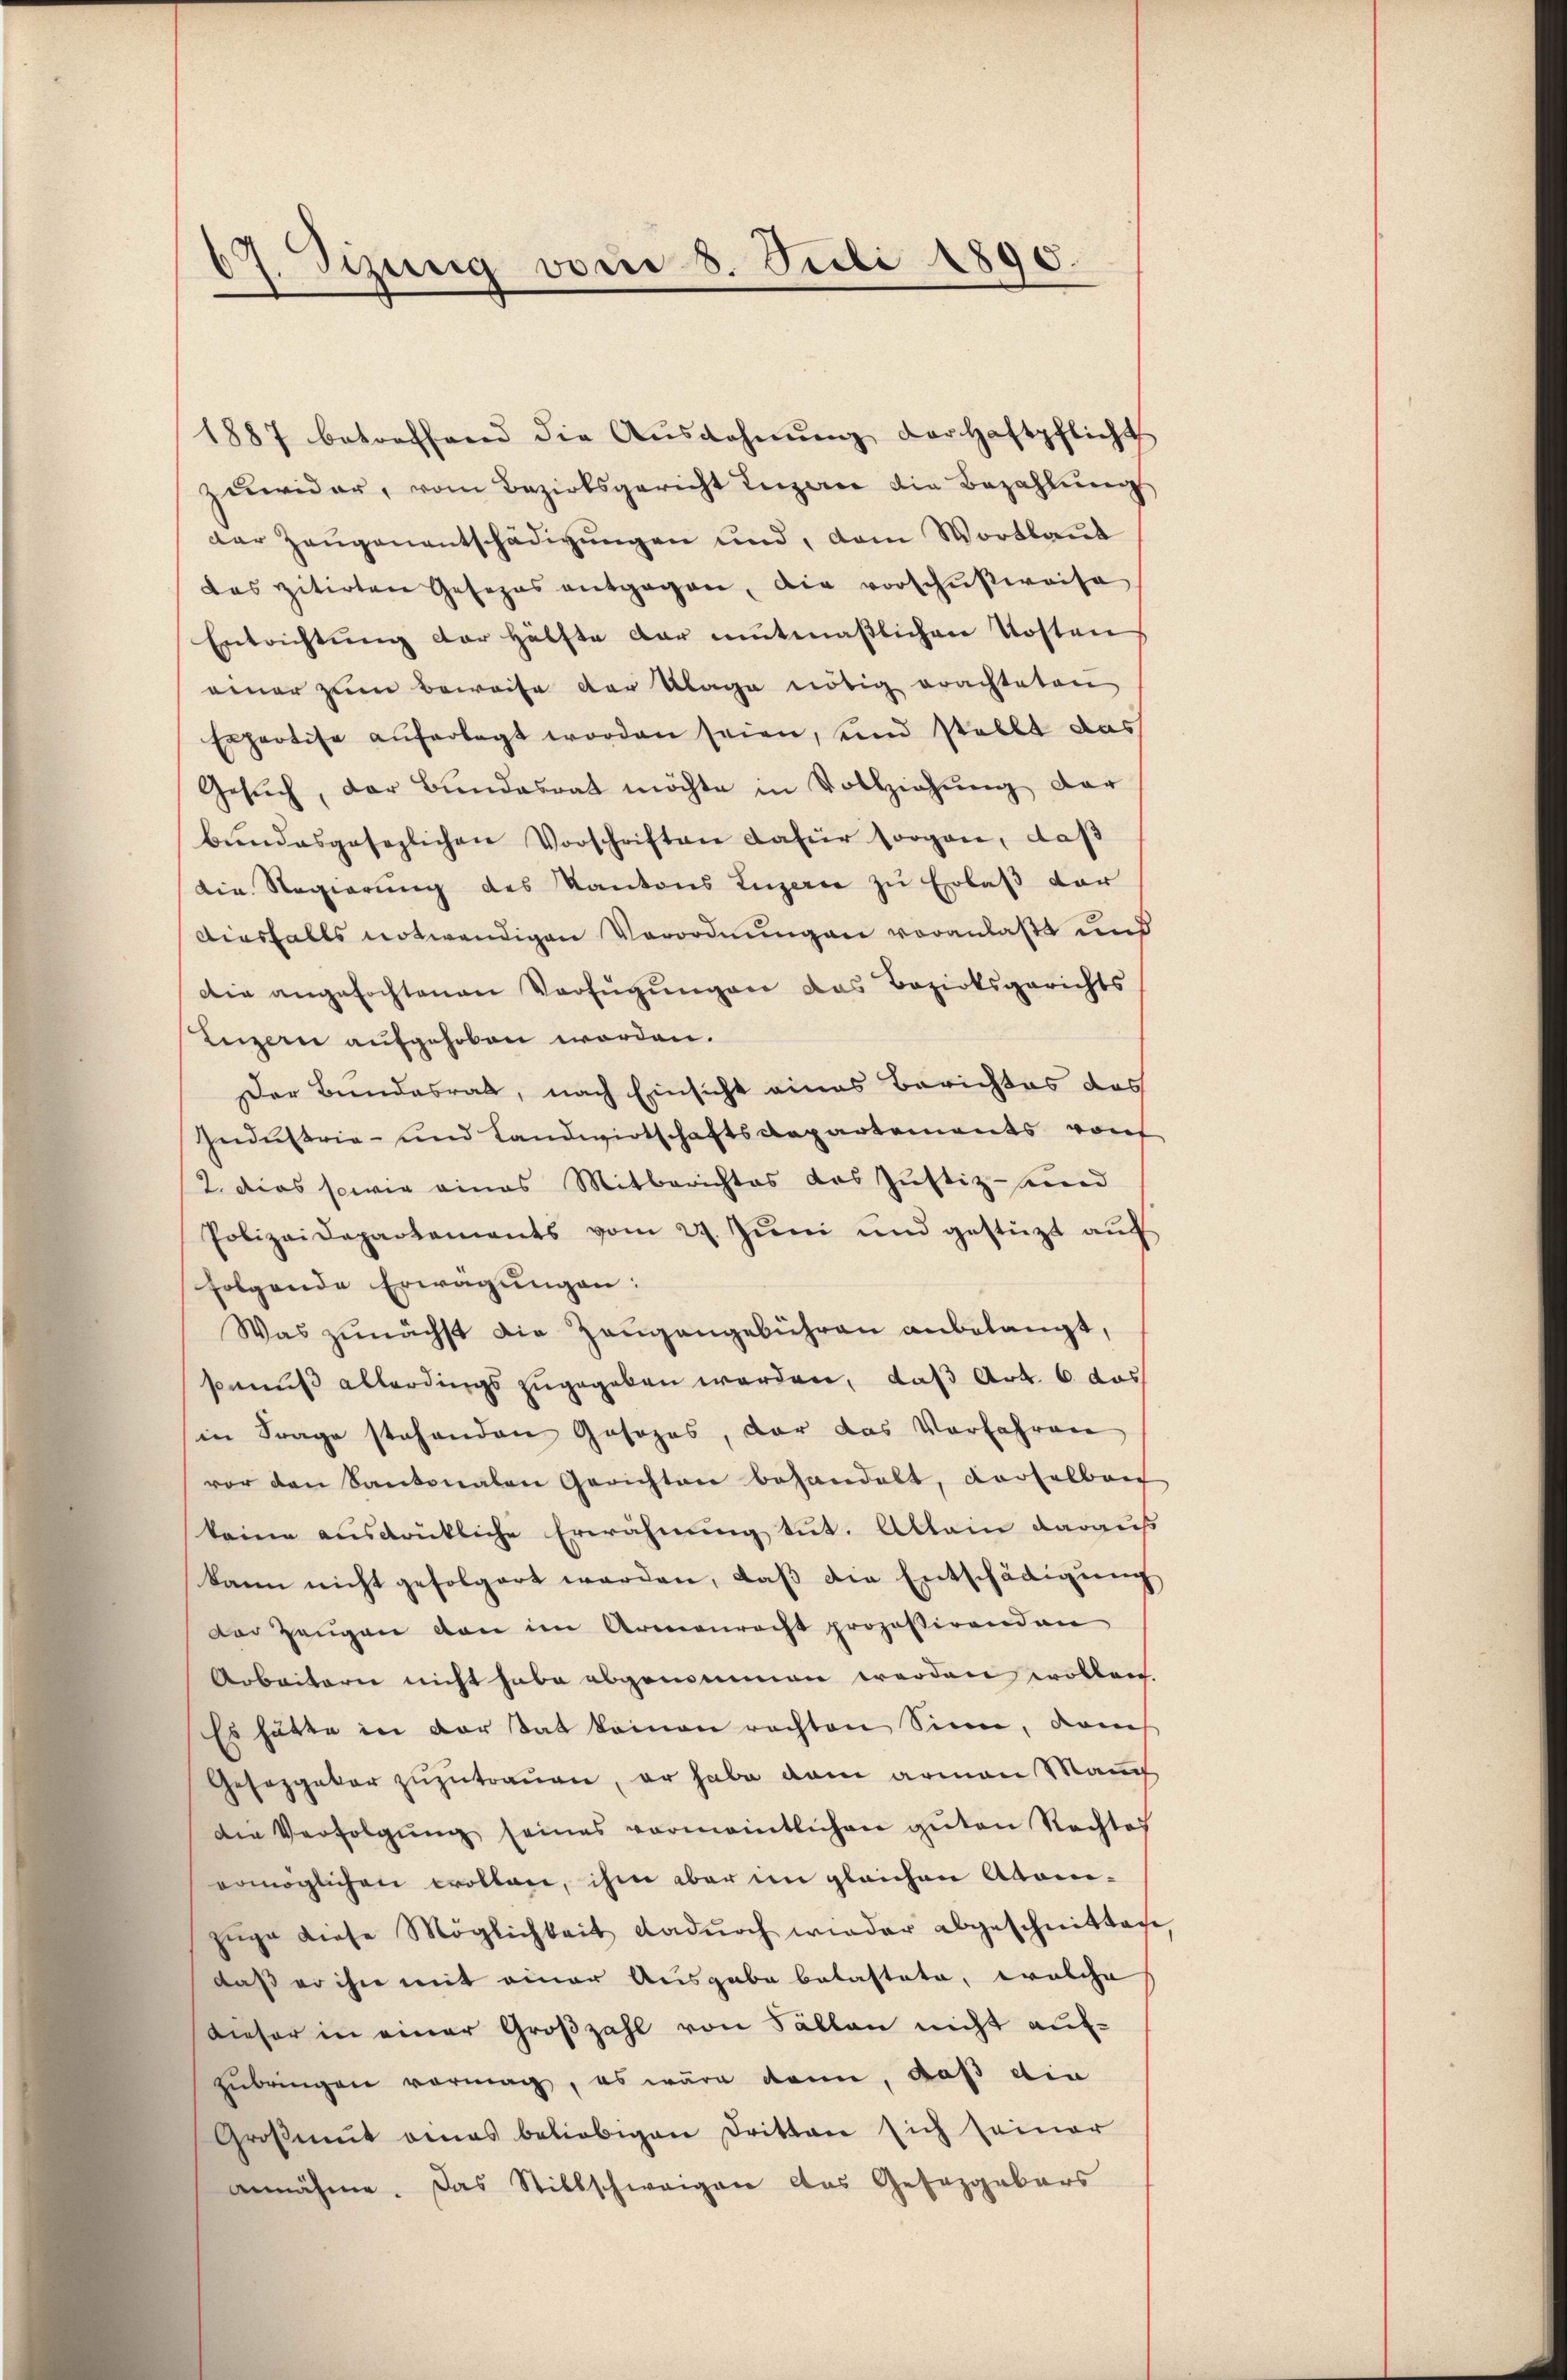
67. Sizung vom 8. Juli 1890.
8

1887 betreffend die Aŭsgahnŭng der Haftpflicht
zuwider, vom Bezirksgericht Luzerne die Bezahlŭng
der Zeugenentschädigungen und, dem Wortlaut
das zitirten Gesezes entgegen, die vorschŭβwaise
Entrichtŭng der Hälfte dar mutmaβlichen Kosten
einer zum Beweise der Klage nötig erachteten
Expertise auferlegt worden seien, und stellt das
Gesŭch, der Bŭndesrat möchte in Vollziehŭng dar
bŭndesgesezlichen Vorschriften dafür sorgan, daß
die Regierung des Kantons Luzern zu Erlaß der
diesfalls notwendigen Verordnungen voranlaßt und
die angefochtenen Verfügungen das Bezirksgerichts
Luzern aufgehoben worden.
Der Bundesrath, nach Einsicht eines Berichtes das
Industrie- und Landwirtschaftsdepartements von
2. Dies sowie eines Mitberichtes das Justiz- und
Polizeidepartements vom 29. Jŭni und gestützt aŭf
folgende Erwägungen:
Was zunächst die Zeugangebühren anbelangt,
smuß allerdings zugegeben werden, daß Art. 6 das
in Frage stehenden Gosozas, der das Verfahren
vor den Kantonalen Gerichten behandelt, derselben
keine ausdrükliche Erwähnung tut. Allein darauf
kann nicht gefolgert werden, daβ die Entschädigŭng
Der Zeugen von im Armenrecht prozessirenden
Arbeitern nicht habe abgenommen werden wollen.
Es hätte in der Tat keinen rachten Sinn, dam
Gesezgatar zuzutrauen, er habe dan armen Man
die Verfolgŭng seines vormanntlichen guten Rechtes
ermöglichen wollen, ihm aber im gleichen Atomi-
züge diese Möglichkeit dadŭrch wieder abgeschnitten
daß er ihre mit einer Ausgabe belastete, welche
dieser in einer Großzahl von Fällen nicht auf-
zubringen vormach, es wäre dann, daß die
Großmut eines beliebigen Dritten sich seiner
annähme. Das Stillschweigen das Gesezgabars